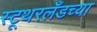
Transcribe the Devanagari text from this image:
स्टूथरलँडच्या